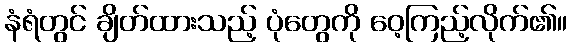
နံရံတွင် ချိတ်ထားသည့် ပုံတွေကို ဝေ့ကြည့်လိုက်၏။